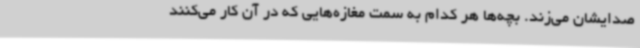
صدایشان می‌زند. بچه‌ها هر کدام به سمت مغازه‌هایی که در آن کار می‌کنند